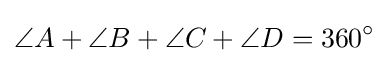
\angle A+\angle B+\angle C+\angle D=360^{\circ }